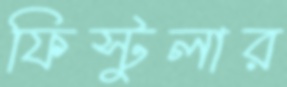
ফিস্টুলার